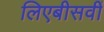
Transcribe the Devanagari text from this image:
लिएबीसवीं